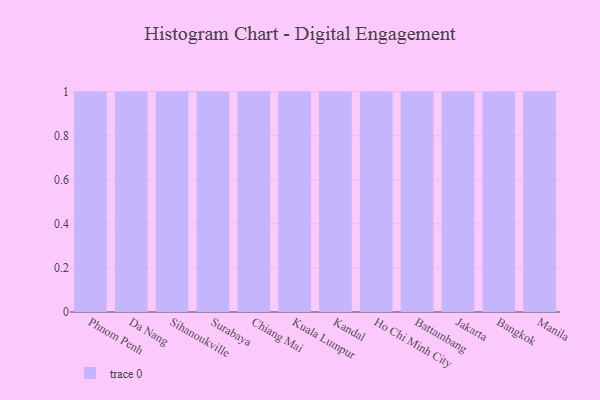
{"axis": {"x": "City", "y": "Shipments"}, "legend": [""], "data": [{"x": "Phnom Penh", "y": 25, "type": ""}, {"x": "Da Nang", "y": 90, "type": ""}, {"x": "Sihanoukville", "y": 64, "type": ""}, {"x": "Surabaya", "y": 25, "type": ""}, {"x": "Chiang Mai", "y": 8, "type": ""}, {"x": "Kuala Lumpur", "y": 6, "type": ""}, {"x": "Kandal", "y": 58, "type": ""}, {"x": "Ho Chi Minh City", "y": 33, "type": ""}, {"x": "Battambang", "y": 15, "type": ""}, {"x": "Jakarta", "y": 54, "type": ""}, {"x": "Bangkok", "y": 84, "type": ""}, {"x": "Manila", "y": 81, "type": ""}]}